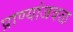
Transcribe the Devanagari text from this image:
प्राण्यांजवळ